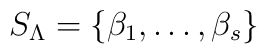
S_\Lambda = \{ \beta_1,\ldots, \beta_s\}\/